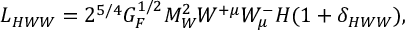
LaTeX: { \cal L } _ { H W W } = 2 ^ { 5 / 4 } G _ { F } ^ { 1 / 2 } M _ { W } ^ { 2 } W ^ { + \mu } W _ { \mu } ^ { - } H ( 1 + \delta _ { H W W } ) ,